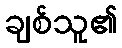
ချစ်သူ၏